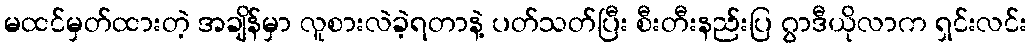
မထင်မှတ်ထားတဲ့ အချိန်မှာ လူစားလဲခဲ့ရတာနဲ့ ပတ်သတ်ပြီး စီးတီးနည်းပြ ဂွာဒီယိုလာက ရှင်းလင်း